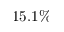
1 5 . 1 \%